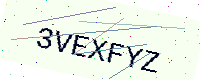
Text: 3VEXFYZ